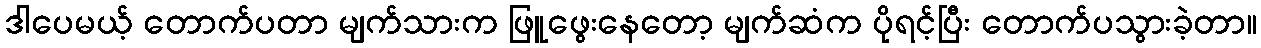
ဒါပေမယ့် တောက်ပတာ မျက်သားက ဖြူဖွေးနေတော့ မျက်ဆံက ပိုရင့်ပြီး တောက်ပသွားခဲ့တာ။